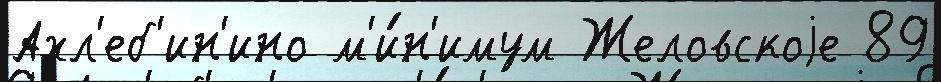
Ахл'еб'ин'ино м'и́н'имум Желовскоjе 89